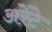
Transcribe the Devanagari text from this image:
अरेंटे